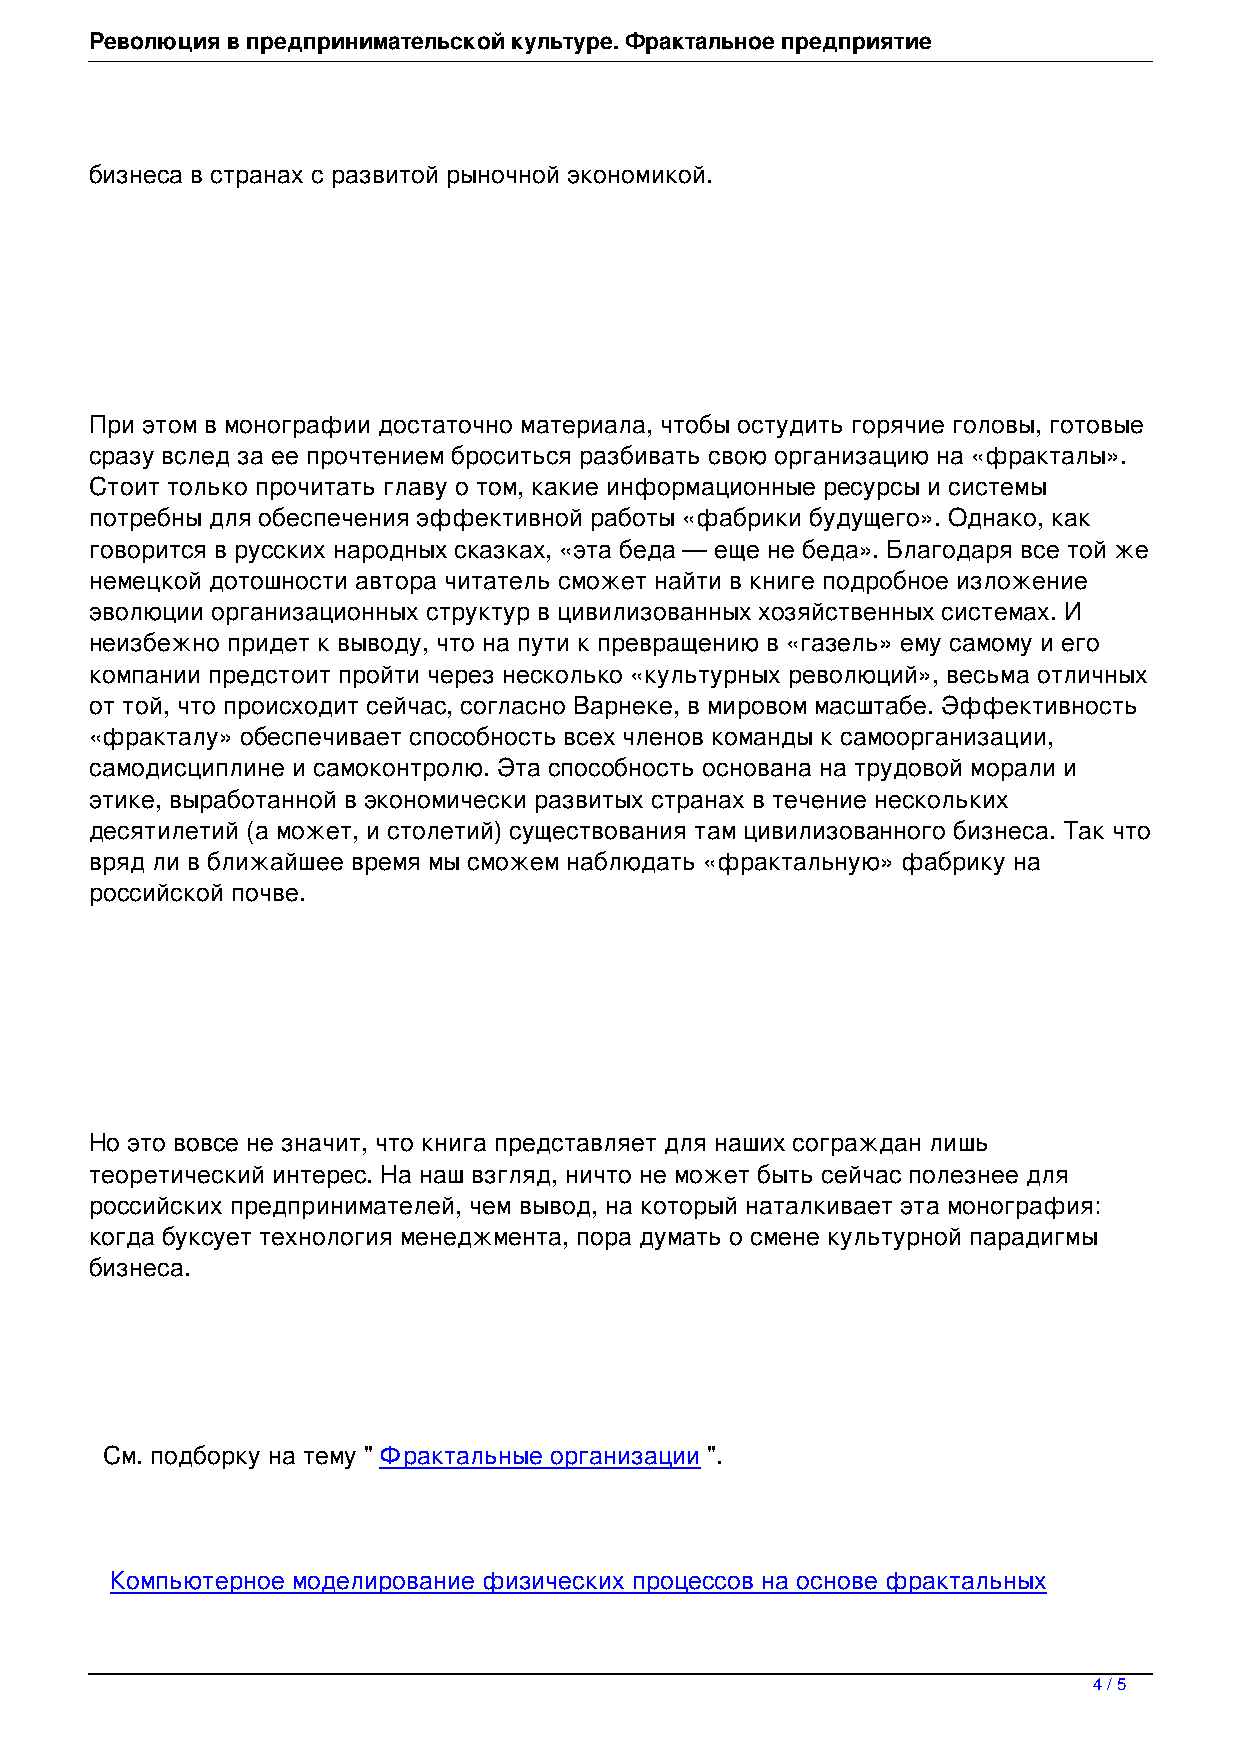
Революция в предпринимательской культуре. Фрактальное предприятие
 бизнеса в странах с развитой рыночной экономикой.
 При этом в монографии достаточно материала, чтобы остудить горячие головы, готовые
 сразу вслед за ее прочтением броситься разбивать свою организацию на «фракталы».
 Стоит только прочитать главу о том, какие информационные ресурсы и системы
 потребны для обеспечения эффективной работы «фабрики будущего». Однако, как
 говорится в русских народных сказках, «эта беда — еще не беда». Благодаря все той же
 немецкой дотошности автора читатель сможет найти в книге подробное изложение
 эволюции организационных структур в цивилизованных хозяйственных системах. И
 неизбежно придет к выводу, что на пути к превращению в «газель» ему самому и его
 компании предстоит пройти через несколько «культурных революций», весьма отличных
 от той, что происходит сейчас, согласно Варнеке, в мировом масштабе. Эффективность
 «фракталу» обеспечивает способность всех членов команды к самоорганизации,
 самодисциплине и самоконтролю. Эта способность основана на трудовой морали и
 этике, выработанной в экономически развитых странах в течение нескольких
 десятилетий (а может, и столетий) существования там цивилизованного бизнеса. Так что
 вряд ли в ближайшее время мы сможем наблюдать «фрактальную» фабрику на
 российской почве.
 Но это вовсе не значит, что книга представляет для наших сограждан лишь
 теоретический интерес. На наш взгляд, ничто не может быть сейчас полезнее для
 российских предпринимателей, чем вывод, на который наталкивает эта монография:
 когда буксует технология менеджмента, пора думать о смене культурной парадигмы
 бизнеса.
 См. подборку на тему " Фрактальные организации ".
 Компьютерное моделирование физических процессов на основе фрактальных
 4 / 5